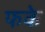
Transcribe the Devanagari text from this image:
फके